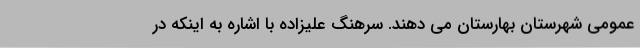
عمومی شهرستان بهارستان می دهند. سرهنگ علیزاده با اشاره به اینکه در